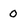
Character: 0